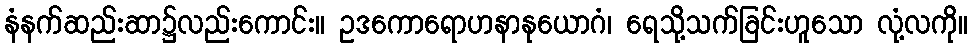
နံနက်ဆည်းဆာ၌လည်းကောင်း။ ဥဒကောရောဟနာနုယောဂံ၊ ရေသို့သက်ခြင်းဟူသော လုံ့လကို။